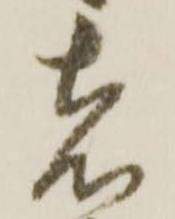
者